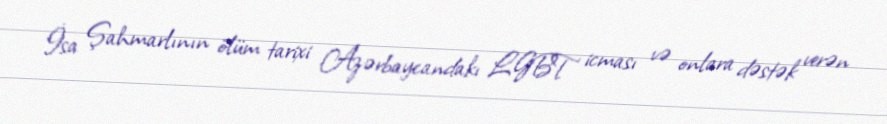
İsa Şahmarlının ölüm tarixi Azərbaycandakı LGBT icması və onlara dəstək verən